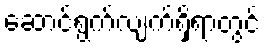
ဆောင်ရွက်လျက်ရှိရာတွင်